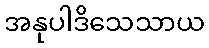
အနုပါဒိသေသာယ